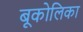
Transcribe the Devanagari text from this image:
बूकोलिका